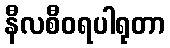
နီလစီဝရပါရုတာ